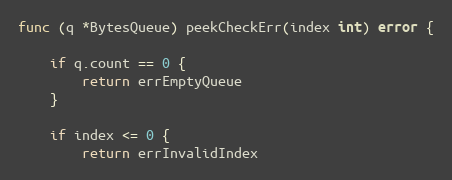
Language: Go
func (q *BytesQueue) peekCheckErr(index int) error {

	if q.count == 0 {
		return errEmptyQueue
	}

	if index <= 0 {
		return errInvalidIndex